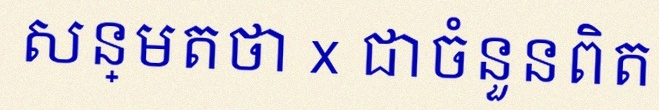
សន្មតថា x ជាចំនួនពិត